V__Kingissepa_nim__kolhoos, lk 46
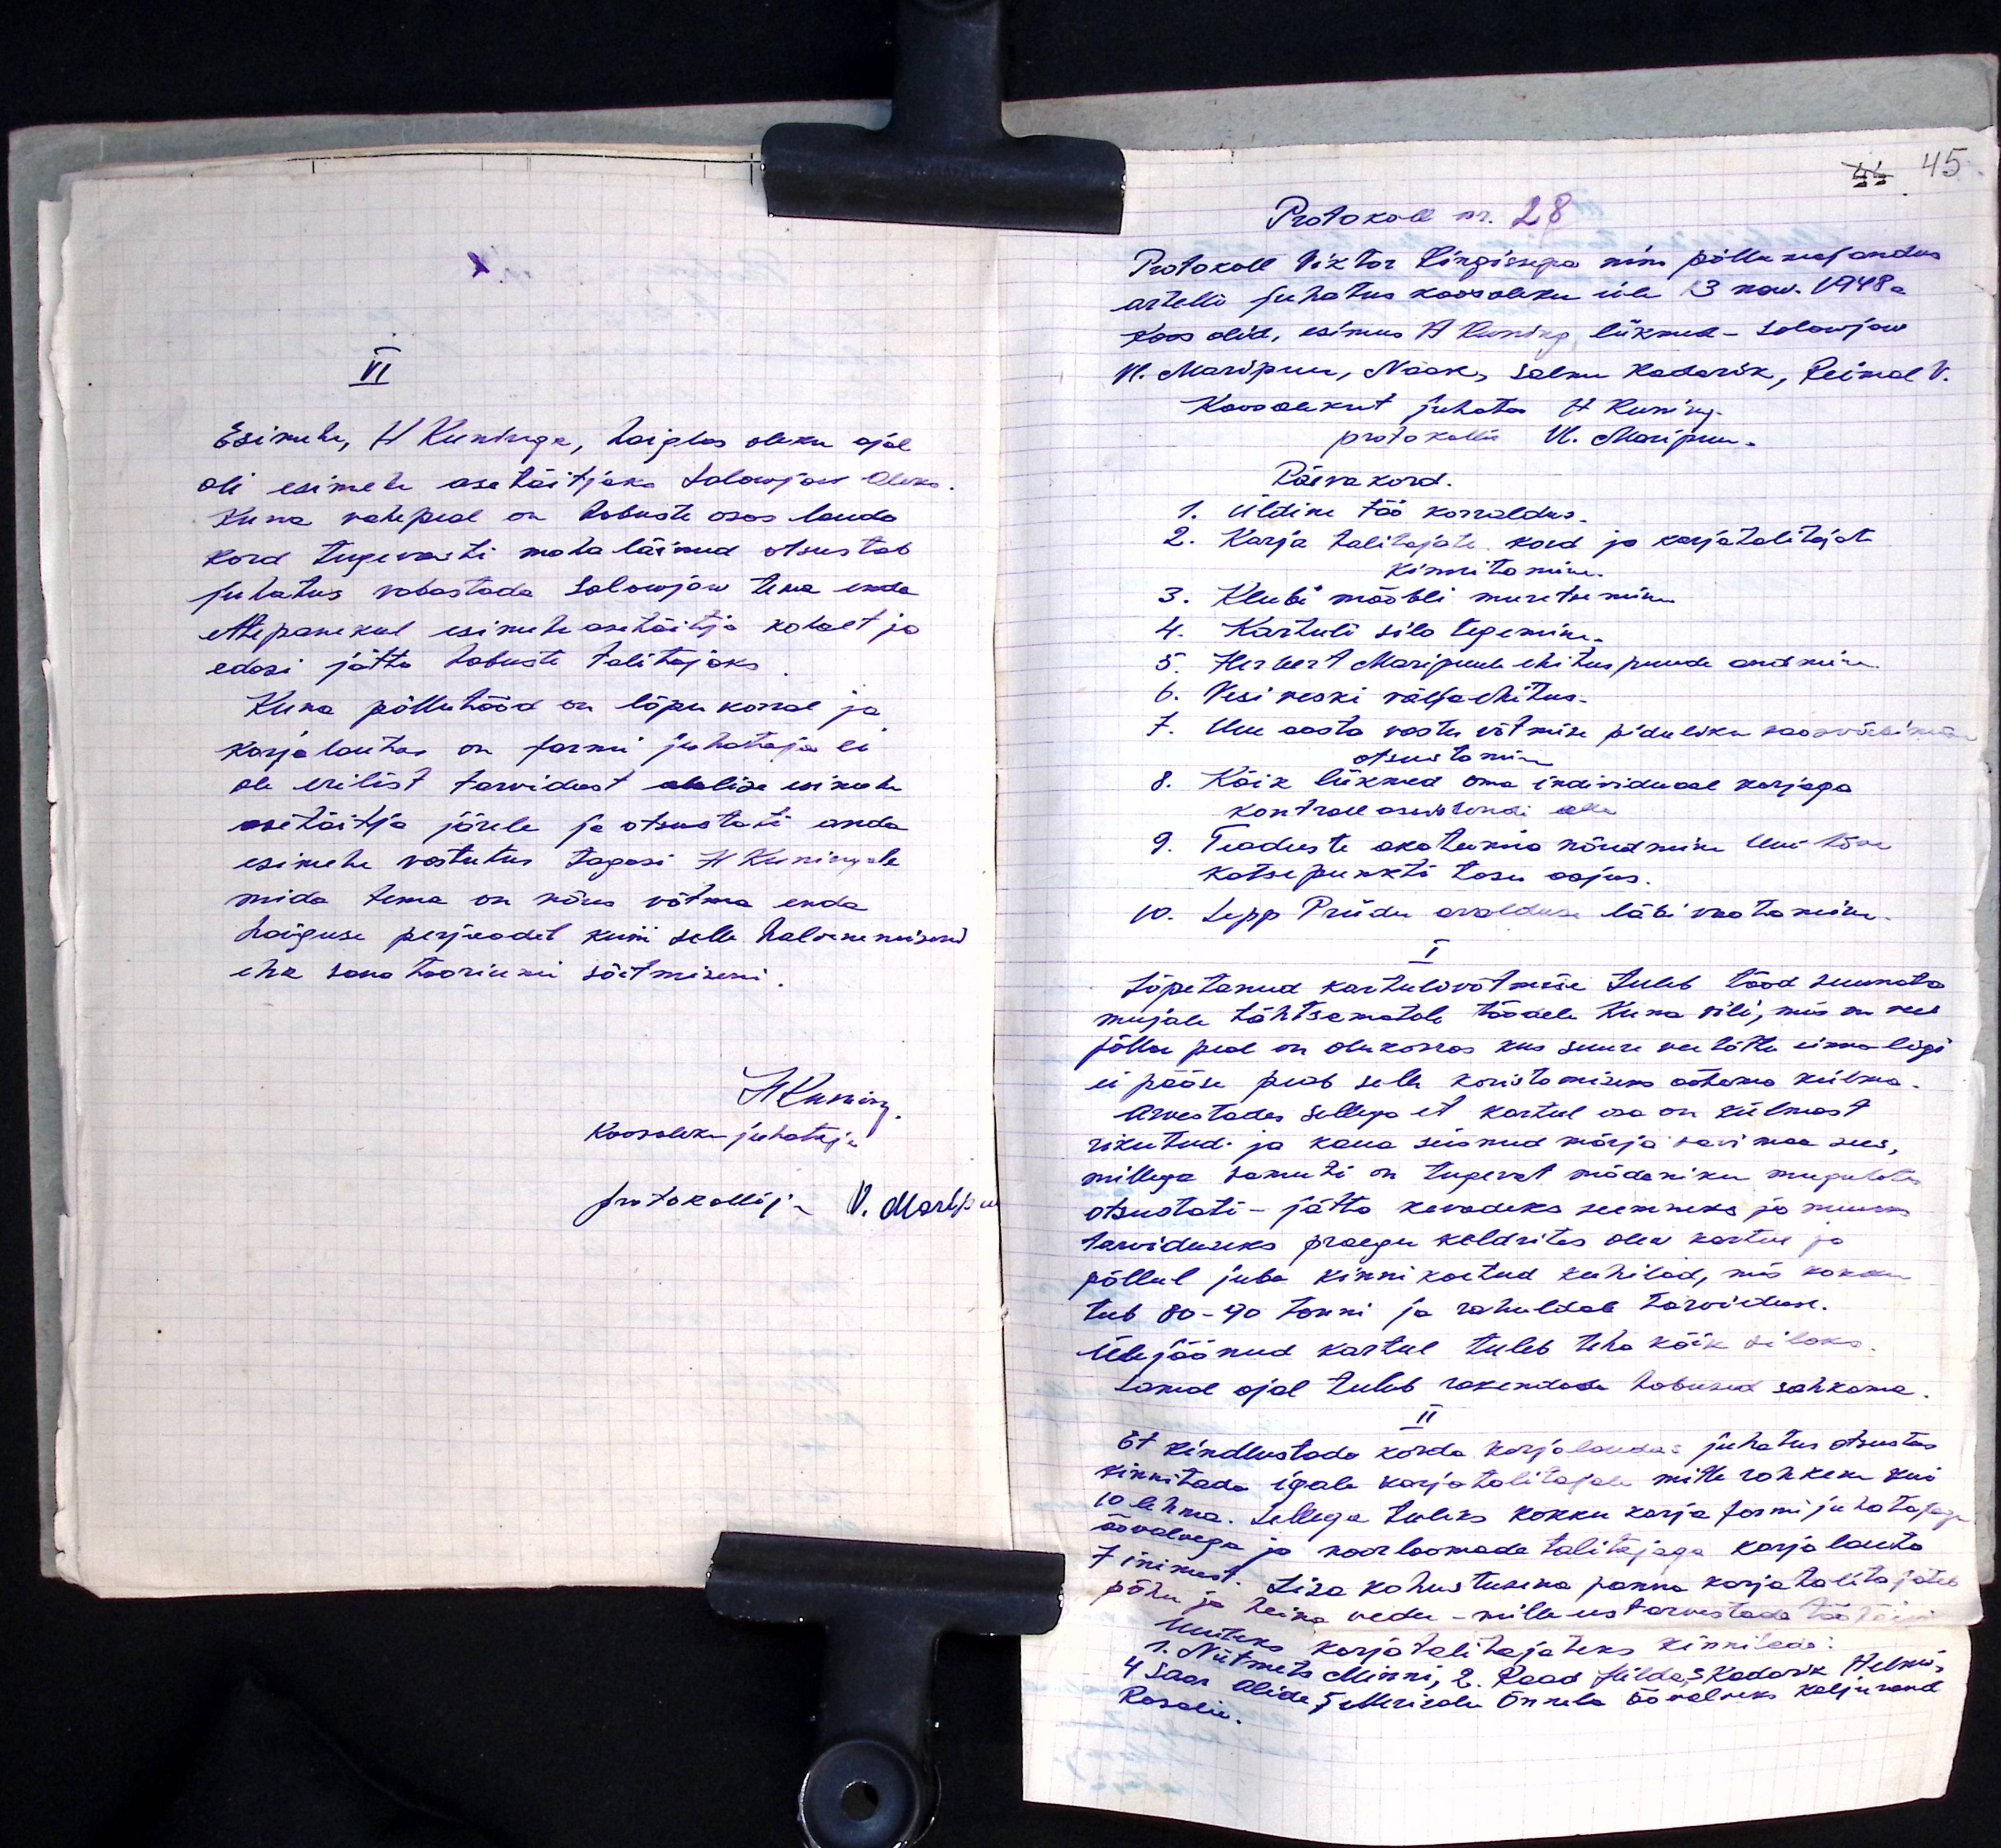
VI
Esimehe, H. Kuninga, haiglas oleku ajal
oli esimehe asetäitjaks Solowjov Aleks
Kuna vahepeal on hobuste osas lauda
kord tugevasti maha läinud otsustab
juhatus vabastada Solowjow tema enda
ettepanekul esimehe asetäitja kohalt ja
edasi jätta hobuste talitajaks.
Kuna põllutööd on lõpukorral ja
Karjalautas on farmi juhataja ei
ole erilist tarvidust alalise esimehe
asetäitja järele ja otsustati anda
esimehe vastutus tagasi H. Kuningale
mida tema on nõus võtma enda
haiguse perjoodil kuni selle halvenemiseni
ehk sanatooriumi sõitmiseni.
Hansin
Koosoleku juhataja
protokollija V. Martpal

Protokoll nr. 28
Protokoll Viktor Kingisepa nim põllumajandus
artelli juhatus koosoleku üle 13 now. 1948a.
Koos olid, esimees A. Kuning liikmed - Solowjow
Vl. Maripuu, Naak, Salme Kadarik, Reimal V.
Koosolekut juhatas H. Kuning
protokollis Vl. Maripuu
Päevakord.
1. Üldine töö korraldus.
2. Karja talitajate kord ja karjatalitajate
kinnitamine.
3. Klubi mööbli muretsemine
4. Kartuli silo tegemine
5. Herbert Maripuule ehituspuude andmine
6. Vesi veski väljaehitus.
7. Uue aasta vastu võtmise piduliku koosviibimise
otsustamine
8. Kõik liikmed oma individuaal korjega
kontroll assistendi alla
9. Teaduste akadeemia nõudmine Uue tõu
katsepunkti tasu asjas.
10. Lepp Priidu avalduse läbi vaatamine
I
Lõpetanud kartulivõtmise tuleb tööd suunata
mujale tähtsematule töödele kuna vili, mis on veel
põllu peal on olukorras kus suure veetõttu ei saa liigi
ei pääse peab sell koristamiseks ootamas külma
Arvestades sellega et kartul osa on külmast
rikutud ja kaua seisnud märja savimaa sees
millega samuti on tugevat mädaniku mugulates
otsustati- jätta kevadeks seemneks ja muuks
tarwiduseks praegu keldrites olev kartul ja
põllul juba kinnikaetud kuhilad, mis kokku
teeb 80-90 tonni ja rahuldab tarviduse.
Ülejäänud kartul tuleb teha kõik siloks
Samal ajal tulub rakendada hobused sahkama
II
Et kindlustada korda korjalaudas juhatus otsustas
kinnitada igale karjatalitajale mitte rohkem kui
10 lehma. Sellega tuliks kokku karja farmi juhatajaga
öövalvega ja noorloomade talitajaga karjalauta
7 inimest. Lisa kohustusena panna karjatalitajatele
põhu ja heine vedu - mille eest arvestada tööpäivi
uuteks karjatalitajateks kinnitada:
1. Niitmets Minni; 2. Rood Hilda, 3. Kadarik Helmi,
4. Saar Alide, 5. Marilda Õnnela öövalveks Kaljurand
Rosalie.